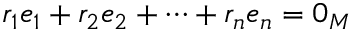
r _ { 1 } e _ { 1 } + r _ { 2 } e _ { 2 } + \cdots + r _ { n } e _ { n } = 0 _ { M }